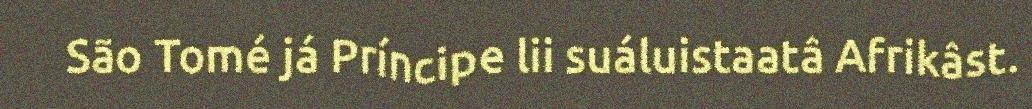
São Tomé já Príncipe lii suáluistaatâ Afrikâst.